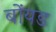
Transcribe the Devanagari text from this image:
बोंयड